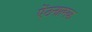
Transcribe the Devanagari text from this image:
ऐंठनात्मक